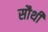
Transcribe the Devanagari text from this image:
सौथी